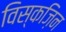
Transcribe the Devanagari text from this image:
विस्कज़िन